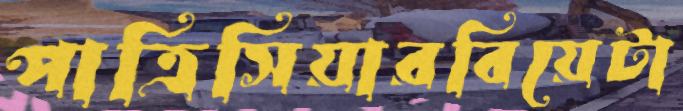
পাত্রিসিয়ারবিয়েটা